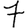
Digit: 7